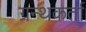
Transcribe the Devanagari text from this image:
ग्रन्थकर्ता